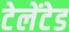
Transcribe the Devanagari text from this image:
टेलेंटेड